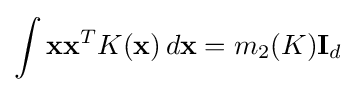
\int \mathbf {x} \mathbf {x} ^{T}K(\mathbf {x} )\,d\mathbf {x} =m_{2}(K)\mathbf {I} _{d}